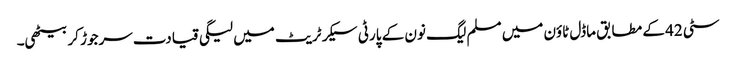
سٹی 42 کے مطابق ماڈل ٹاؤن میں مسلم لیگ نون کے پارٹی سیکرٹریٹ میں لیگی قیادت سرجوڑ کر بیٹھی۔